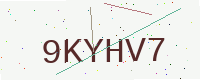
Text: 9KYHV7